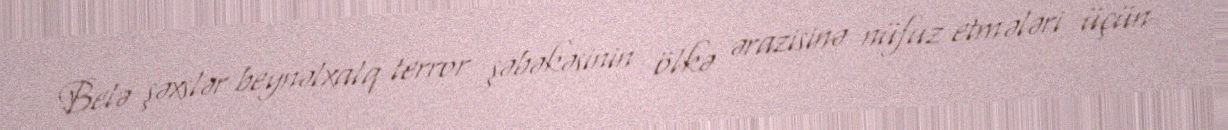
Belə şəxslər beynəlxalq terror şəbəkəsinin ölkə ərazisinə nüfuz etmələri üçün